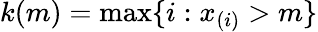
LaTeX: k(m)=\operatorname*{max}\{ i:x_{(i)}>m\}